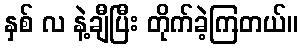
နှစ် လ နဲ့ချီပြီး တိုက်ခဲ့ကြတယ်။